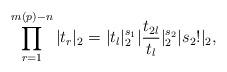
LaTeX: \begin{align*} \prod^{m(p)-n}_{r=1}|t_r|_2 = |t_l|^{s_1}_2|\frac{t_{2l}}{t_l}|^{s_2}_2|s_2!|_2,\end{align*}